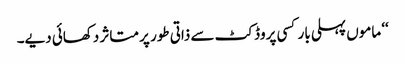
‘‘ ماموں پہلی بار کسی پروڈکٹ سے ذاتی طور پر متاثر دکھائی دیے۔